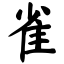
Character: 雀